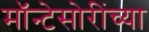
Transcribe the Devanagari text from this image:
मॉन्टेसोरींच्या